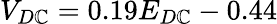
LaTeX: V_{D\mathbb{C}}=0.19E_{D\mathbb{C}}-0.44